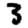
Digit: 3